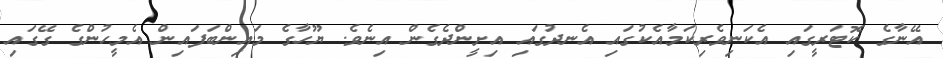
އޭނާގެ ކޮޓަރީގައި އެކަނިވެރިކަމާއެކުގައި އެނދުގައި އިށީންދެގެން އިނެވެ. ޔޫހާގެ މައިންބަފައިން އެމީހުންގެ ގޭގައި